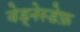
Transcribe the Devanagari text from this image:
वेड्नेस्डेफ़